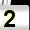
Digit: 2